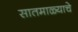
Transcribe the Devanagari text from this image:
सातमाळ्याचे